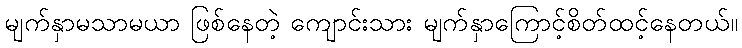
မျက်နှာမသာမယာ ဖြစ်နေတဲ့ ကျောင်းသား မျက်နှာကြောင့်စိတ်ထင့်နေတယ်။